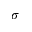
\sigma